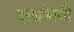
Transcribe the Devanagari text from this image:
दलामिनी